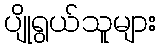
ပျိုရွယ်သူများ